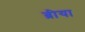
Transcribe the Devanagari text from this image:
ब्रीया